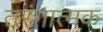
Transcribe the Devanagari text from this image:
तरंगात्मक